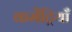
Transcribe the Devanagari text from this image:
कमेंट्रियाँ